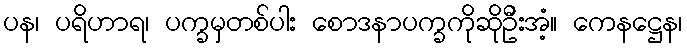
ပန၊ ပရိဟာရ၊ ပက္ခမှတစ်ပါး စောဒနာပက္ခကိုဆိုဦးအံ့။ ကေနဋ္ဌေန၊